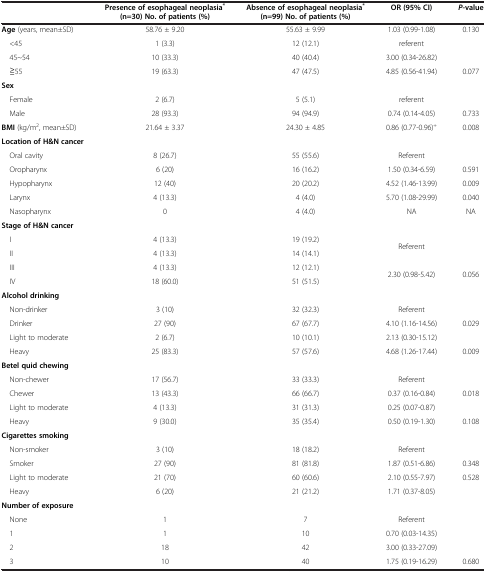
<table><thead><tr><td><b> </b></td><td><b>Presence of esophageal neoplasia<sup>*</sup>(n=30) No. of patients (%)</b></td><td><b>Absence of esophageal neoplasia<sup>*</sup>(n=99) No. of patients (%)</b></td><td><b>OR (95% CI)</b></td><td><b><i>P</i>-value</b></td></tr></thead><tbody><tr><td><b>Age</b> (years, mean±SD)</td><td>58.76 ± 9.20</td><td>55.63 ± 9.99</td><td>1.03 (0.99-1.08)</td><td>0.130</td></tr><tr><td> &lt;45</td><td>1 (3.3)</td><td>12 (12.1)</td><td>referent</td><td rowspan="2"> </td></tr><tr><td> 45~54</td><td>10 (33.3)</td><td>40 (40.4)</td><td>3.00 (0.34-26.82)</td></tr><tr><td> ≧55</td><td>19 (63.3)</td><td>47 (47.5)</td><td>4.85 (0.56-41.94)</td><td>0.077</td></tr><tr><td><b>Sex</b></td><td> </td><td> </td><td> </td><td> </td></tr><tr><td> Female</td><td>2 (6.7)</td><td>5 (5.1)</td><td>referent</td><td> </td></tr><tr><td> Male</td><td>28 (93.3)</td><td>94 (94.9)</td><td>0.74 (0.14-4.05)</td><td>0.733</td></tr><tr><td><b>BMI</b> (kg/m<sup>2</sup>, mean±SD)</td><td>21.64 ± 3.37</td><td>24.30 ± 4.85</td><td>0.86 (0.77-0.96)<sup>+</sup></td><td>0.008</td></tr><tr><td><b>Location of H&amp;N cancer</b></td><td> </td><td> </td><td> </td><td> </td></tr><tr><td> Oral cavity</td><td>8 (26.7)</td><td>55 (55.6)</td><td>Referent</td><td> </td></tr><tr><td> Oropharynx</td><td>6 (20)</td><td>16 (16.2)</td><td>1.50 (0.34-6.59)</td><td>0.591</td></tr><tr><td> Hypopharynx</td><td>12 (40)</td><td>20 (20.2)</td><td>4.52 (1.46-13.99)</td><td>0.009</td></tr><tr><td> Larynx</td><td>4 (13.3)</td><td>4 (4.0)</td><td>5.70 (1.08-29.99)</td><td>0.040</td></tr><tr><td> Nasopharynx</td><td>0</td><td>4 (4.0)</td><td>NA</td><td>NA</td></tr><tr><td><b>Stage of H&amp;N cancer</b></td><td> </td><td> </td><td> </td><td> </td></tr><tr><td> I</td><td>4 (13.3)</td><td>19 (19.2)</td><td rowspan="2">Referent</td><td rowspan="2"> </td></tr><tr><td> II</td><td>4 (13.3)</td><td>14 (14.1)</td></tr><tr><td> III</td><td>4 (13.3)</td><td>12 (12.1)</td><td rowspan="2">2.30 (0.98-5.42)</td><td rowspan="2">0.056</td></tr><tr><td> IV</td><td>18 (60.0)</td><td>51 (51.5)</td></tr><tr><td><b>Alcohol drinking</b></td><td> </td><td> </td><td> </td><td> </td></tr><tr><td> Non-drinker</td><td>3 (10)</td><td>32 (32.3)</td><td>Referent</td><td> </td></tr><tr><td> Drinker</td><td>27 (90)</td><td>67 (67.7)</td><td>4.10 (1.16-14.56)</td><td>0.029</td></tr><tr><td> Light to moderate</td><td>2 (6.7)</td><td>10 (10.1)</td><td>2.13 (0.30-15.12)</td><td> </td></tr><tr><td> Heavy</td><td>25 (83.3)</td><td>57 (57.6)</td><td>4.68 (1.26-17.44)</td><td>0.009</td></tr><tr><td><b>Betel quid chewing</b></td><td> </td><td> </td><td> </td><td> </td></tr><tr><td> Non-chewer</td><td>17 (56.7)</td><td>33 (33.3)</td><td>Referent</td><td> </td></tr><tr><td> Chewer</td><td>13 (43.3)</td><td>66 (66.7)</td><td>0.37 (0.16-0.84)</td><td>0.018</td></tr><tr><td> Light to moderate</td><td>4 (13.3)</td><td>31 (31.3)</td><td>0.25 (0.07-0.87)</td><td> </td></tr><tr><td> Heavy</td><td>9 (30.0)</td><td>35 (35.4)</td><td>0.50 (0.19-1.30)</td><td>0.108</td></tr><tr><td><b>Cigarettes smoking</b></td><td> </td><td> </td><td> </td><td> </td></tr><tr><td> Non-smoker</td><td>3 (10)</td><td>18 (18.2)</td><td>Referent</td><td> </td></tr><tr><td> Smoker</td><td>27 (90)</td><td>81 (81.8)</td><td>1.87 (0.51-6.86)</td><td>0.348</td></tr><tr><td> Light to moderate</td><td>21 (70)</td><td>60 (60.6)</td><td>2.10 (0.55-7.97)</td><td>0.528</td></tr><tr><td> Heavy</td><td>6 (20)</td><td>21 (21.2)</td><td>1.71 (0.37-8.05)</td><td> </td></tr><tr><td><b>Number of exposure</b></td><td> </td><td> </td><td> </td><td> </td></tr><tr><td> None</td><td>1</td><td>7</td><td>Referent</td><td rowspan="3"> </td></tr><tr><td> 1</td><td>1</td><td>10</td><td>0.70 (0.03-14.35)</td></tr><tr><td> 2</td><td>18</td><td>42</td><td>3.00 (0.33-27.09)</td></tr><tr><td> 3</td><td>10</td><td>40</td><td>1.75 (0.19-16.29)</td><td>0.680</td></tr></tbody></table>